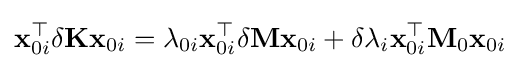
\mathbf {x} _{0i}^{\top }\delta \mathbf {K} \mathbf {x} _{0i}=\lambda _{0i}\mathbf {x} _{0i}^{\top }\delta \mathbf {M} \mathbf {x} _{0i}+\delta \lambda _{i}\mathbf {x} _{0i}^{\top }\mathbf {M} _{0}\mathbf {x} _{0i}